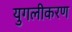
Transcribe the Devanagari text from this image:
युगलीकरण